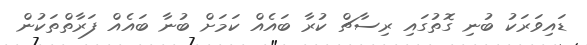
ޑައިވަރަކު ބުނި ގޮތުގައި ރިސާޗް ކުރާ ބައެއް ކަމަށް ބުނާ ބައެއް ފަރާތްތަކުން